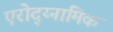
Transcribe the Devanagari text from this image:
एरोद्य्नामिक